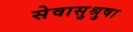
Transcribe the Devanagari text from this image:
सेवासुश्रुषा